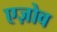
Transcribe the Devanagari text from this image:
एज़ोव